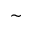
\sim